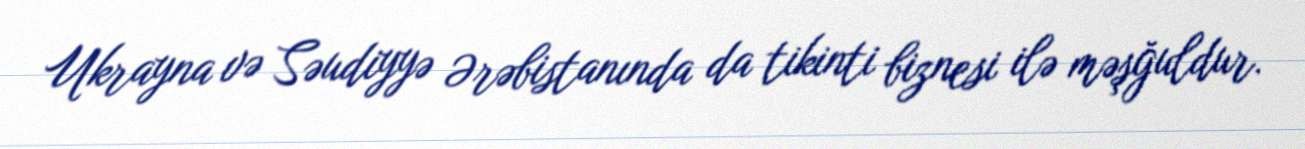
Ukrayna və Səudiyyə Ərəbistanında da tikinti biznesi ilə məşğuldur.